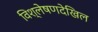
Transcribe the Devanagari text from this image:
विश्लेषणदेखिल